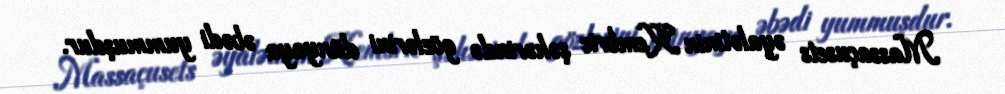
Massaçusets əyalətinin Kembric şəhərində gözlərini dünyaya əbədi yummuşdur.